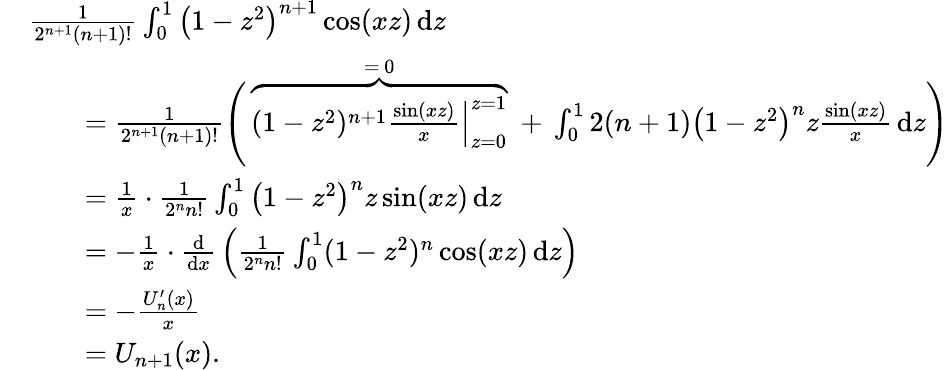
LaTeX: {\begin{array}{rl}&{{\frac{1}{2^{n+1}(n+1)!}}\int_{0}^{1}\left(1-z^{2}\right)^{n+1}\cos(xz)\, \mathrm{d}z}\\ &{\qquad={\frac{1}{2^{n+1}(n+1)!}}{\Biggl(}\, \overbrace{\left.(1-z^{2})^{n+1}{\frac{\sin(xz)}{x}}\right|_{z=0}^{z=1}}^{=\, 0}\ +\, \int_{0}^{1}2(n+1)\left(1-z^{2}\right)^{n}z{\frac{\sin(xz)}{x}}\, \mathrm{d}z{\Biggr)}}\\ &{\qquad={\frac{1}{x}}\cdot{\frac{1}{2^{n}n!}}\int_{0}^{1}\left(1-z^{2}\right)^{n}z\sin(xz)\, \mathrm{d}z}\\ &{\qquad=-{\frac{1}{x}}\cdot{\frac{\mathrm{d}}{\mathrm{d}x}}\left({\frac{1}{2^{n}n!}}\int_{0}^{1}(1-z^{2})^{n}\cos(xz)\, \mathrm{d}z\right)}\\ &{\qquad=-{\frac{U_{n}^{\prime}(x)}{x}}}\\ &{\qquad=U_{n+1}(x).}\end{array}}